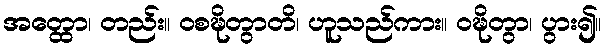
အတ္ထော၊ တည်း။ ဝစဍ္ဎိတွာတိ၊ ဟူသည်ကား။ ဝဍ္ဎိတွာ၊ ပွား၍။